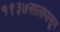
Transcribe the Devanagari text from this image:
१९३७सालापासून